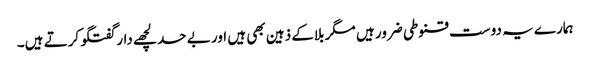
ہمارے یہ دوست قنوطی ضرور ہیں مگر بلاکے ذہین بھی ہیں اور بے حد لچھے دار گفتگو کرتے ہیں۔